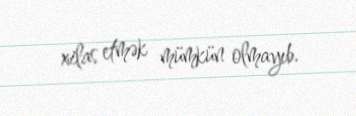
xilas etmək mümkün olmayıb.